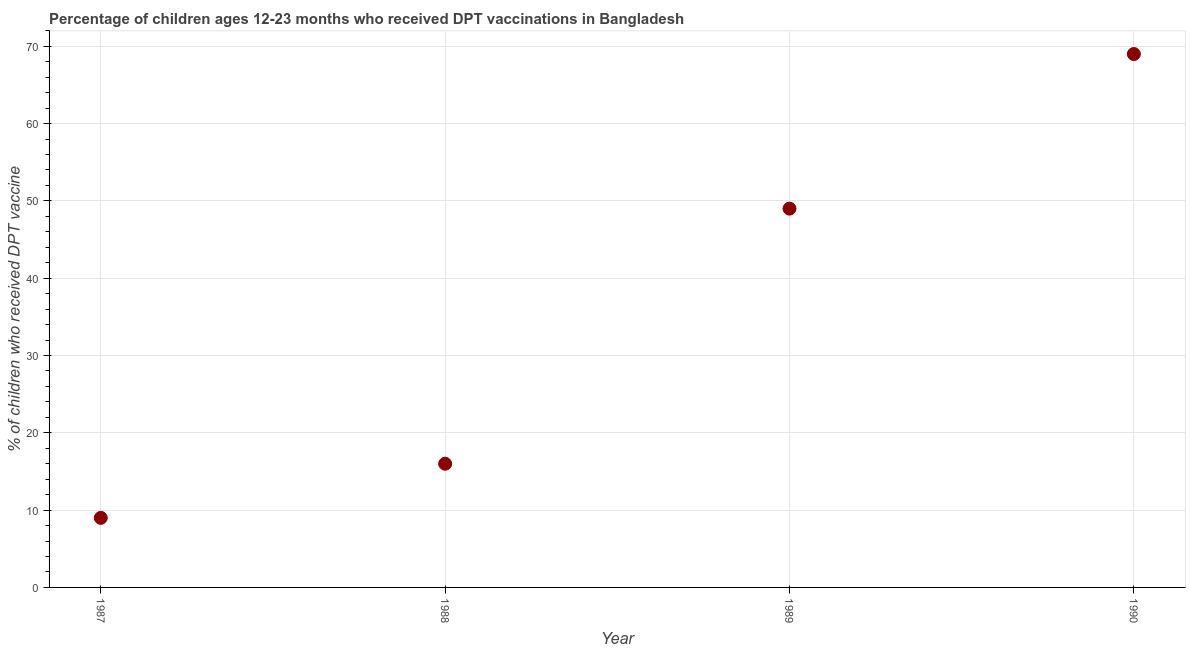
| Year | Immunization |
 | --- | --- |
 | 1987 | 9 |
 | 1988 | 16 |
 | 1989 | 49 |
 | 1990 | 69 |